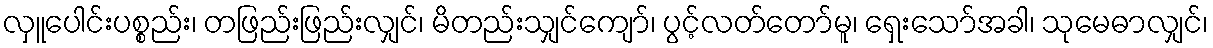
လှူပေါင်းပစ္စည်း၊ တဖြည်းဖြည်းလျှင်၊ မိတည်းသျှင်ကျော်၊ ပွင့်လတ်တော်မူ၊ ရှေးသော်အခါ၊ သုမေဓာလျှင်၊